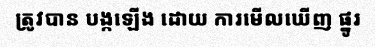
ត្រូវបាន បង្កឡើង ដោយ ការមើលឃើញ ផ្នូរ